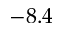
- 8 . 4